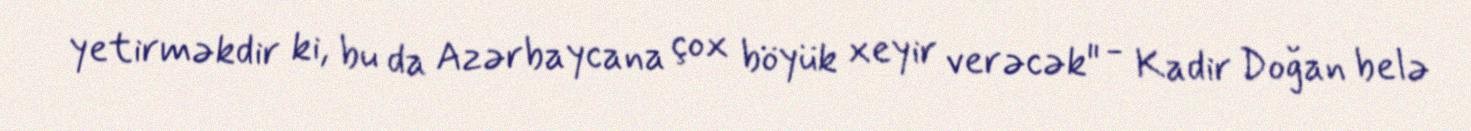
yetirməkdir ki, bu da Azərbaycana çox böyük xeyir verəcək" - Kadir Doğan belə